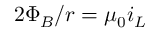
2 \Phi _ { B } / r = \mu _ { 0 } i _ { L }